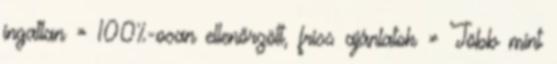
ingatlan » 100%-osan ellenőrzött, friss ajánlatok » Több mint